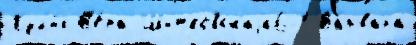
Кул'и́к В'е́ра Шитковскаjа6-1 Ва́рвара